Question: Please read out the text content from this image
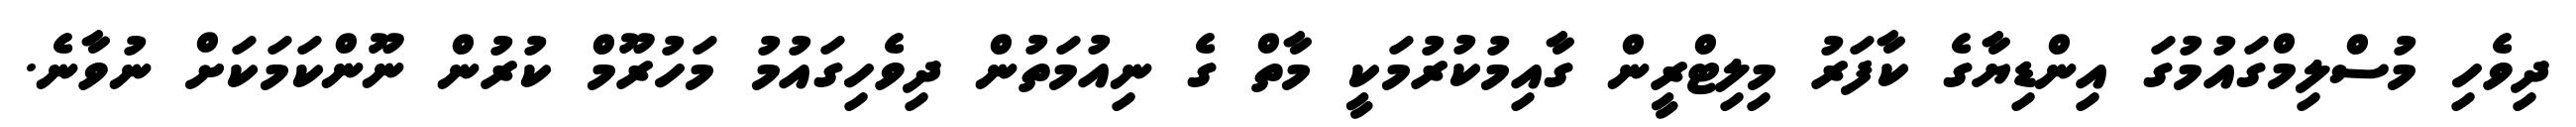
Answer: ދިވެހި މުސްލިމްގައުމުގަ އިންޑިޔާގެ ކާފަރު މިލިޓްރީން ގާއިމުކުރުމަކީ މާތް ގެ ނިއުމަތުން ދިވެހިގައުމު މަހުރޫމް ކުރުން ނޫންކަމަކަށް ނުވާނެ.